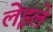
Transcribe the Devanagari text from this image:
लेइले